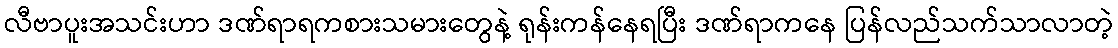
လီဗာပူးအသင်းဟာ ဒဏ်ရာရကစားသမားတွေနဲ့ ရုန်းကန်နေရပြီး ဒဏ်ရာကနေ ပြန်လည်သက်သာလာတဲ့